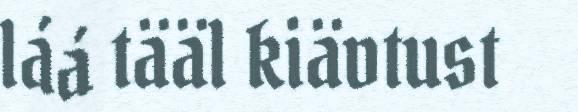
láá tääl kiävtust